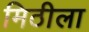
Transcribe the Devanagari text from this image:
मिठीला